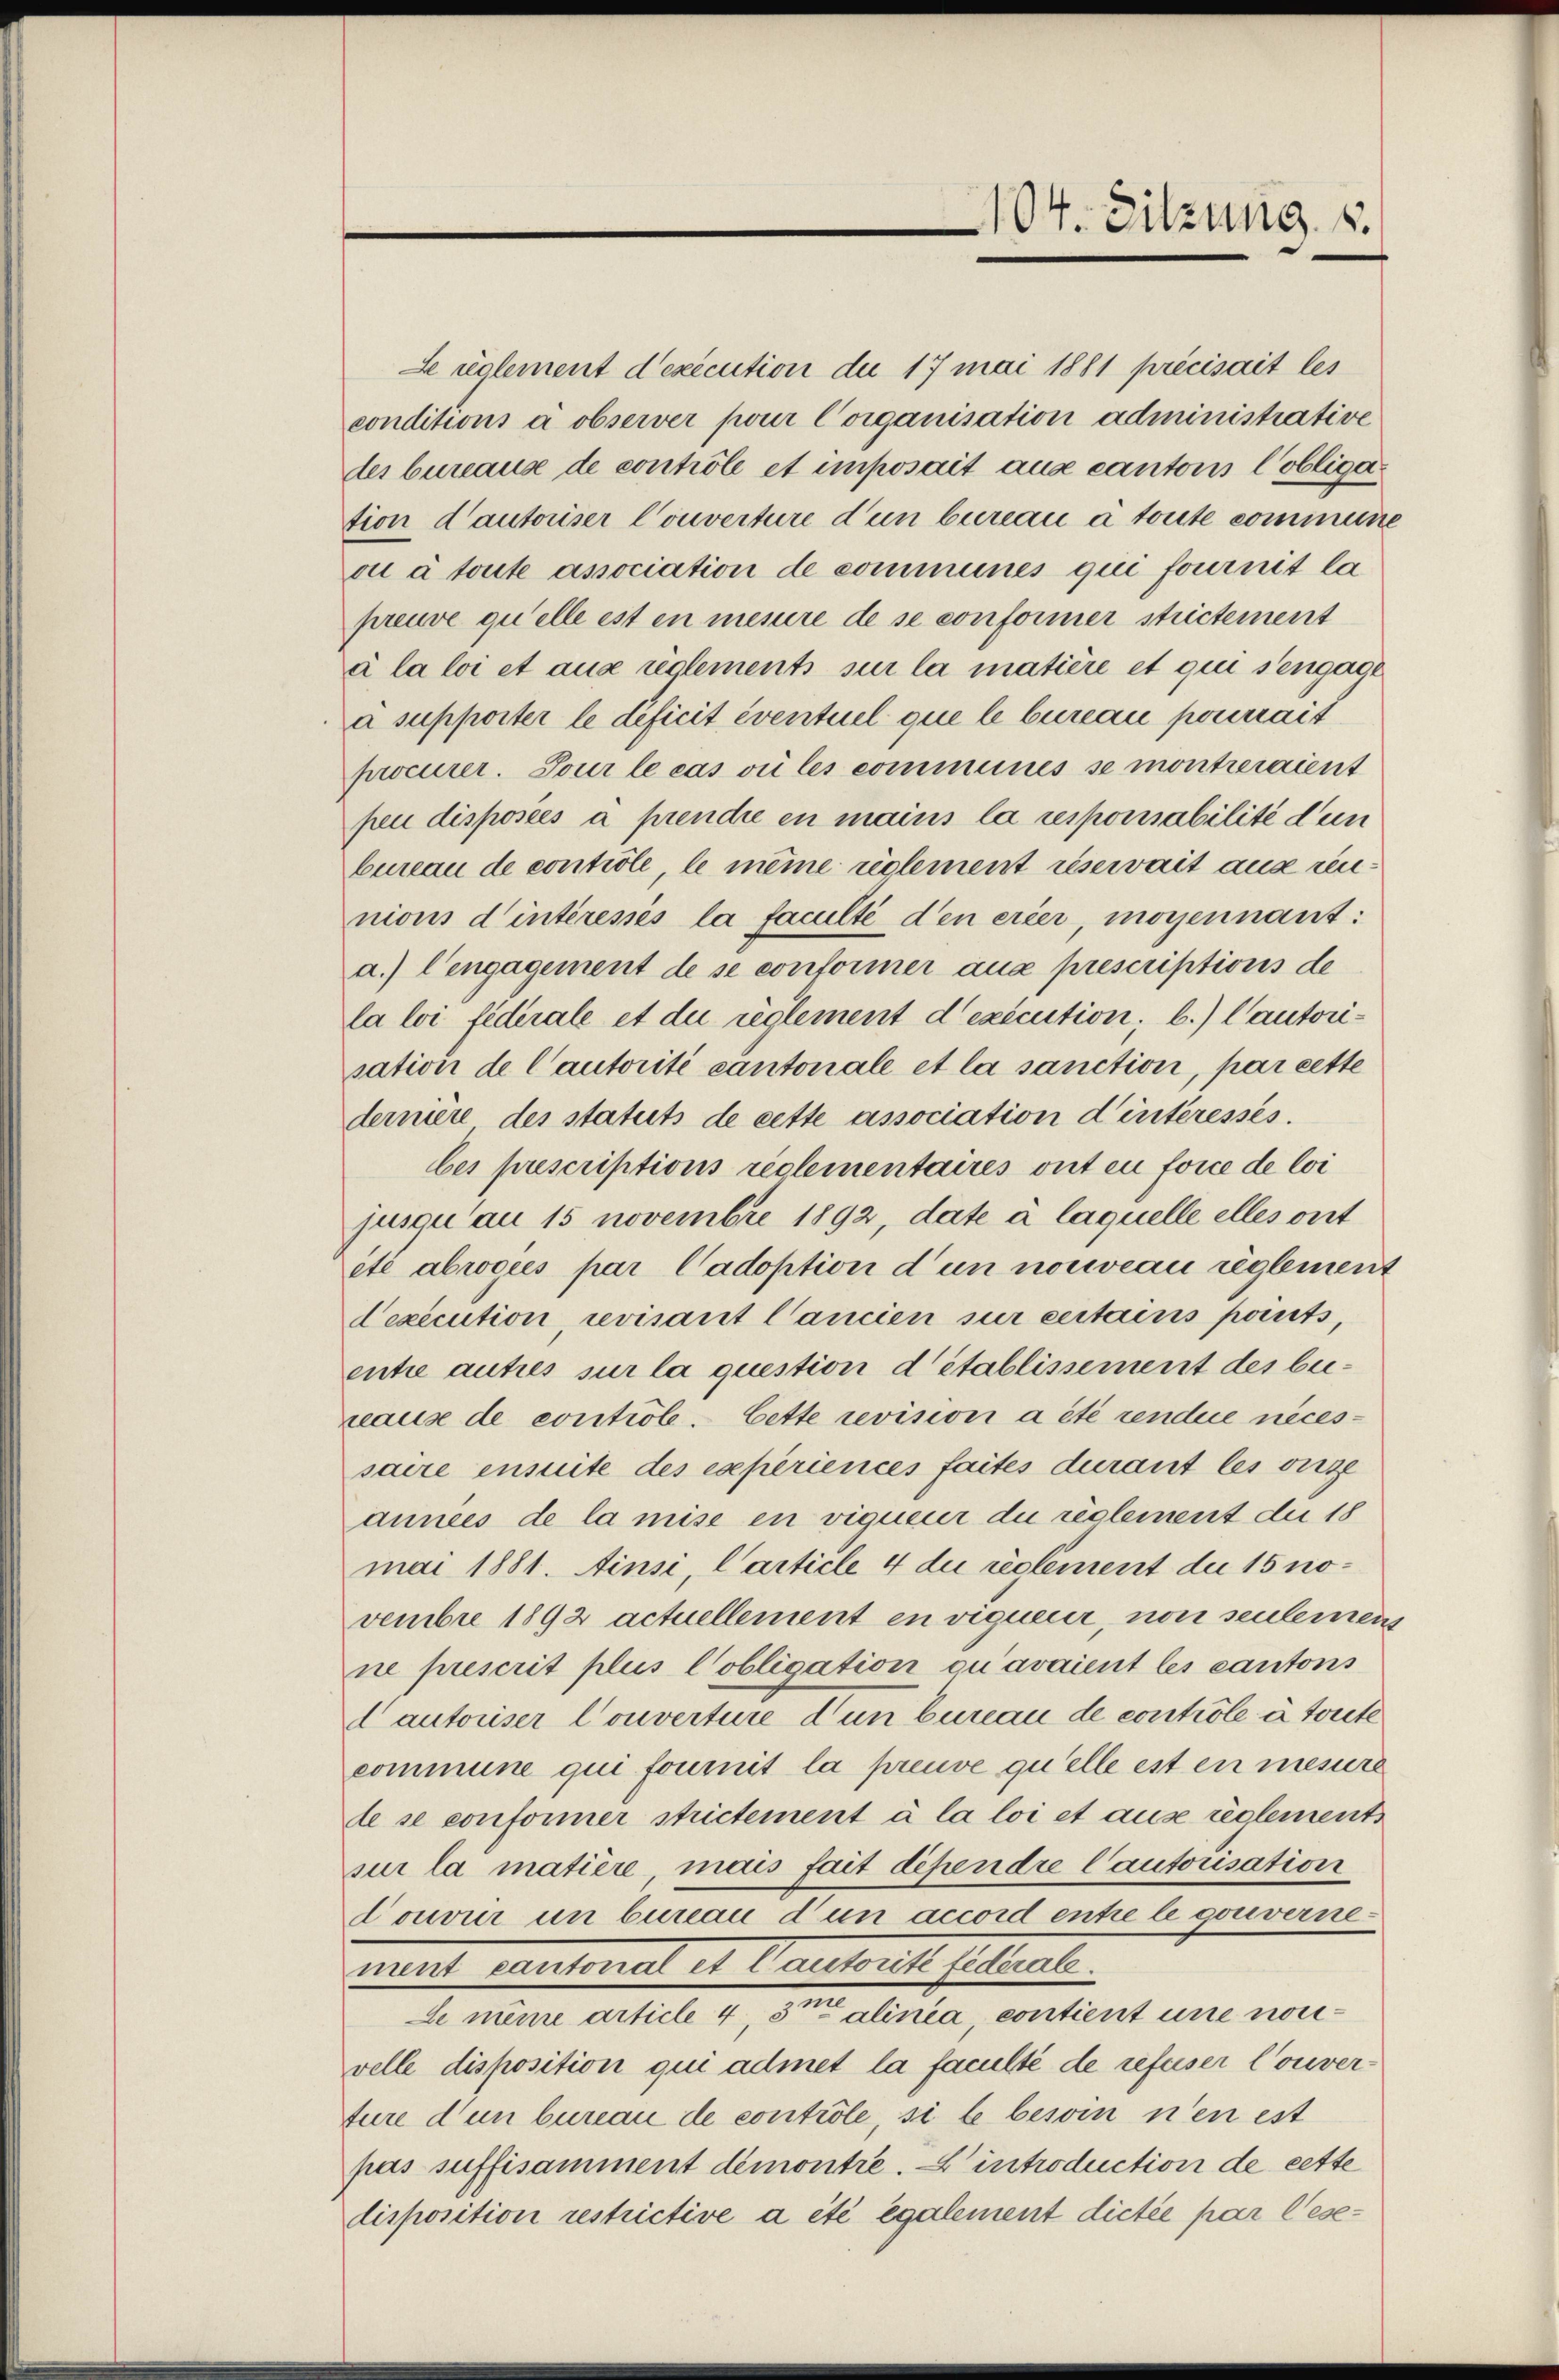
104. Sitzung 1.

Le relement d’exécution de 17 mai 1881 précisait les
conditions à observer pour Corganisation administrative
des bureause de controle et imposait aus cantons Cobligation d’autoriser Couverture d’un bureau à toute commene
ou à toute association de communes qui fournit la
preuve quelle ist en mesure de se conformer strictement
à la loi et aus reglements sur la matière et qui sengage
a supporter le deficit eventuel que le bureau pourrait
procurer. Tour le cas vie les comminés se montreraient
pen disposées à prendre en mains la responsabilité d’un
bureau de controle, le même reglement réservait aus rennions d’intéressés la faculté den erier, moyennant:
a.) l’engagement de se conformer aux prescriptions de
la loi fédérale et die reglement d’exécution; b.) Cautorisation de Cautorité cantonale et la sanction, par cette
dernière des statuts de cette association d’interessés.
bes prescriptions reglementaires ont en force de loi
jusqu’au 15 novembre 1892, date à laquelle elles ont
ité abrogues par Cadoption d’un nouveau reglement
Dexecution revisant Cancien sur certains pants,
entie autres sur la question d’établissement des beireaus de controle. Cette revision a été rendere neces-
saire ensuite des experiences faites durant les verze
années de la mise en vigueur du règlement der 18
mai 1881. Ainsi, Carticle 4 du règlement du 15 novembre 1892 actuellement en vigueur, non seuleinem
ne prescrit plus lobligation ou avaient les cantons
d autoriser Converture d’un bureau de controle à toute
commune qui fournit la preuve quelle ist en mesure
de se conformer strictement à la loi et ause reglements
sur la matière, mais fait dependre Cautorisation
douvur un bureau d’un accord entre le convernemutet euertoniert in Centritt sittent
Le même article 4, 3m alinea, contient une norvelle disposition qui admet la faculté de refuser Couverture d’un bureau de contrôle si le besoin n’en est
pas suffisamment demontre. Eintroduction de cette
disposition restrictive a été également dictée par lese¬